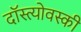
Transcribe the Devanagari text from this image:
दॉस्त्योवस्की